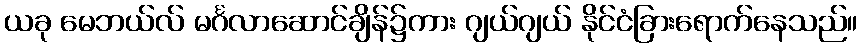
ယခု မေဘယ်လ် မင်္ဂလာဆောင်ချိန်၌ကား ဂျယ်ဂျယ် နိုင်ငံခြားရောက်နေသည်။